Indian journal of veterinary science and animal husbandry - Volume 13,
Year: 1943
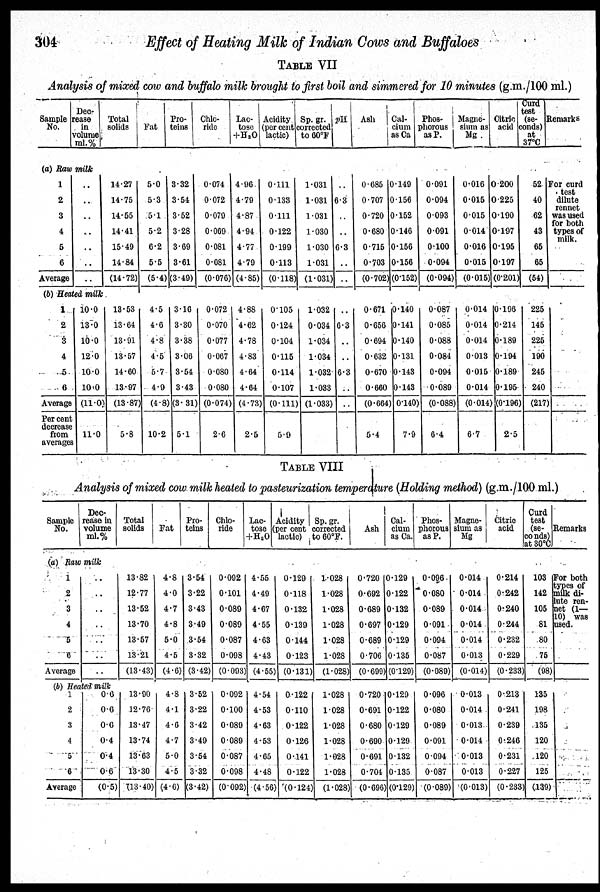
304
Effect of Heating Milk of Indian Cows and Buffaloes
TABLE VII
Analysis of mixed cow and buffalo milk brought to first boil and simmered for 10 minutes (g.m./100 ml.)
Sample
No.
Dec-
rease
in
volume
ml.%
(a) Raw milk
1
2
3
4
5
6
Average
..
..
..
..
..
..
..
(b) Heated milk
1
2
3
4
5
6
Average
Per cent
decrease
from
averages
10.0
13.0
10.0
12.0
10.0
10.0
(11.0)
11.0
Total
solids
14.27
14.75
14.55
14.41
15.49
14.84
(14.72)
13.53
13.64
13.91
13.57
14.60
13.97
(13.87)
5.8
Fat
5.0
5.3
5.1
5.2
6.2
5.5
(5.4)
4.5
4.6
4.8
4.5
5.7
4.9
(4.8)
10.2
Pro-
teins
3.32
3.54
3.52
3.28
3.69
3.61
(3.49)
3.16
3.30
3.38
3.06
3.54
3.43
(3.31)
5.1
Chlo-
ride
0.074
0.072
0.079
0.069
0.081
0.081
(0.076)
0.072
0.070
0.077
0.067
0.080
0.080
(0.074)
2.6
Lac-
tose
+H 2 O
4.96
4.79
4.87
4.94
4.77
4.79
(4.85)
4.88
4.62
4.78
4.83
4.64
4.64
(4.73)
2.5
Acidity
(per cent
lactic)
0.111
0.133
0.111
0.122
0.199
0.113
(0.118)
0.105
0.124
0.104
0.115
0.114
0.107
(0.111)
5.9
Sp.gr.
corrected
to 60ºF
1.031
1.031
1.031
1.030
1.030
1.031
(1.031)
1.032
0.034
1.034
1.034
1.032
1.033
(1.033)
pH
..
6.3
..
..
6.3
..
..
..
6.3
..
..
6.3
..
..
Ash
0.685
0.707
0.720
0.680
0.715
0.703
(0.702)
0.671
0.656
0.694
0.632
0.670
0.660
(0.664)
5.4
Cal-
cium
as Ca
0.149
1.156
0.152
0.146
0.156
0.156
(0.152)
0.140
0.141
0.140
0.131
0.143
0.143
(0.140)
7.9
Phos-
phorous
as P.
0.091
0.094
0.093
0.091
0.100
0.094
(0.094)
0.087
0.085
0.088
0.084
0.094
0.089
(0.088)
6.4
Magne-
sium as
Mg .
0.016
0.015
0.015
0.014
0.016
0.015
(0.015)
0.014
0.014
0.014
0.013
0.015
0.014
(0.014)
6.7
Citric
acid
0.200
0.225
0.190
0.197
0.195
0.197
(0.201)
0.196
0.214
0.189
0.194
0.189
0.195
(0.196)
2.5
Curd
test
(se-
conds)
at
37ºC
52
40
62
43
65
65
(54)
225
145
225
190
245
240
(217)
Remarks
For curd
test
dilute
rennet
was used
for both
types of
milk.
TABLE VIII
Analysis of mixed cow milk heated to pasteurization temperature (Holding method) (g.m./100 ml.)
Sample
No.
Dec-
rease in
volume
ml.%
(a) Raw milk
1
2
3
4
5
6
Average
..
..
..
..
..
..
..
(b) Heated milk
1
2
3
4
5
6
Average
0.6
0.6
0.6
0.4
0.4
0.6
(0.5)
Total
solids
13.82
12.77
13.52
13.70
13.57
13.21
(13.43)
13.90
12.76
13.47
13.74
13.63
13.30
(13.40)
Fat
4.8
4.0
4.7
4.8
5.0
4.5
(4.6)
4.8
4.1
4.6
4.7
5.0
4.5
(4.6)
Pro-
teins
3.54
3.22
3.43
3.49
3.54
3.32
(3.42)
3.52
3.22
3.42
3.49
3.54
3.32
(3.42)
Chlo-
ride
0.092
0.101
0.089
0.089
0.087
0.098
(0.093)
0.092
0.100
0.089
0.089
0.087
0.098
(0.092)
Lac-
tose
+ H 2 O
4.55
4.49
4.67
4.55
4.63
4.43
(4.55)
4.54
4.53
4.63
4.53
4.65
4.48
(4.56)
Acidity
(per cent
lactic)
0.129
0.118
0.132
0.139
0.144
0.123
(0.131)
0.122
0.110
0.122
0.126
0.141
0.122
(0.124)
Sp.gr.
corrected
to 60ºF.
1.028
1.028
1.028
1.028
1.028
1.028
(1.028)
1.028
1.028
1.028
1.028
1.028
1.028
(1.028)
Ash
0.720
0.692
0.689
0.697
0.689
0.706
(0.699)
0.720
0.691
0.680
0.690
0.691
0.704
(0.696)
Cal-
cium
as Ca.
0.129
0.122
0.132
0.129
0.129
0.135
(0.129)
0.129
0.122
0.129
0.129
0.132
0.135
(0.129)
Phos-
phorous
as P.
0.096
0.080
0.089
0.091
0.094
0.087
(0.089)
0.096
0.080
0.089
0.091
0.094
0.087
(0.089)
Magne-
sium as
Mg
0.014
0.014
0.014
0.014
0.014
0.013
(0.014)
0.013
0.014
0.013
0.014
0.013
0.013
(0.013)
Citric
acid
0.214
0.242
0.240
0.244
0.232
0.229
(0.233)
0.213
0.241
0.239
0.246
0.231
0.227
(0.233)
Curd
test
(se-
co nds)
at 30ºC
103
142
105
81
80
75
(98)
135
198
135
120
120
125
(139)
Remarks
For both
types of
milk di-
lute ren-
net (1—
10) was
used.